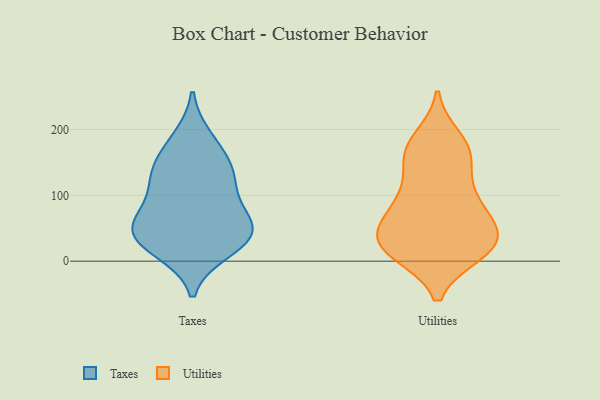
{"axis": {"x": "Demand Index", "y": "Value"}, "legend": ["Taxes", "Utilities"], "data": [{"x": "", "y": 160, "type": "Taxes"}, {"x": "", "y": 47, "type": "Taxes"}, {"x": "", "y": 185, "type": "Taxes"}, {"x": "", "y": 135, "type": "Taxes"}, {"x": "", "y": 28, "type": "Taxes"}, {"x": "", "y": 116, "type": "Taxes"}, {"x": "", "y": 52, "type": "Taxes"}, {"x": "", "y": 77, "type": "Taxes"}, {"x": "", "y": 18, "type": "Taxes"}, {"x": "", "y": 40, "type": "Taxes"}, {"x": "", "y": 124, "type": "Taxes"}, {"x": "", "y": 51, "type": "Taxes"}, {"x": "", "y": 19, "type": "Utilities"}, {"x": "", "y": 44, "type": "Utilities"}, {"x": "", "y": 39, "type": "Utilities"}, {"x": "", "y": 23, "type": "Utilities"}, {"x": "", "y": 51, "type": "Utilities"}, {"x": "", "y": 91, "type": "Utilities"}, {"x": "", "y": 146, "type": "Utilities"}, {"x": "", "y": 20, "type": "Utilities"}, {"x": "", "y": 169, "type": "Utilities"}, {"x": "", "y": 185, "type": "Utilities"}, {"x": "", "y": 40, "type": "Utilities"}, {"x": "", "y": 95, "type": "Utilities"}, {"x": "", "y": 169, "type": "Utilities"}, {"x": "", "y": 161, "type": "Utilities"}, {"x": "", "y": 76, "type": "Utilities"}, {"x": "", "y": 13, "type": "Utilities"}, {"x": "", "y": 13, "type": "Utilities"}, {"x": "", "y": 98, "type": "Utilities"}]}